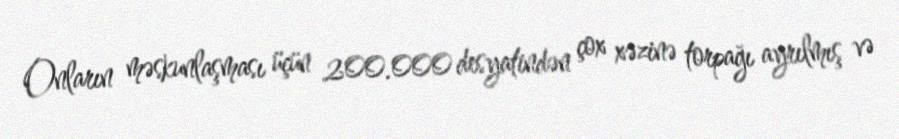
Onların məskunlaşması üçün 200.000 desyatindən çox xəzinə torpağı ayrılmış və